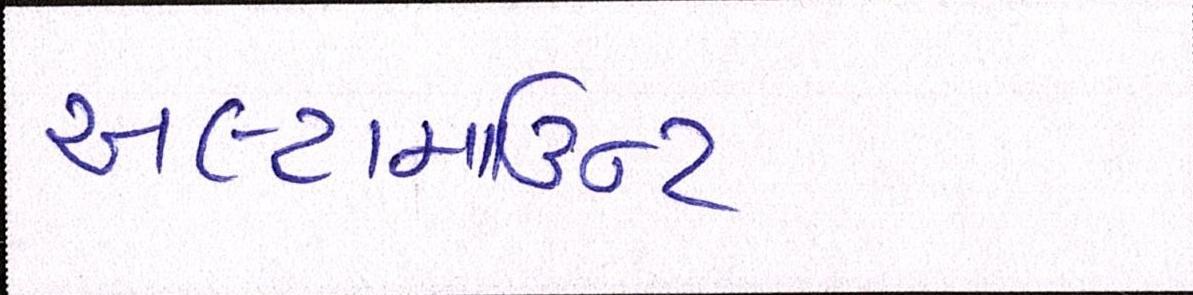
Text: અલ્ટામાઉન્ટ